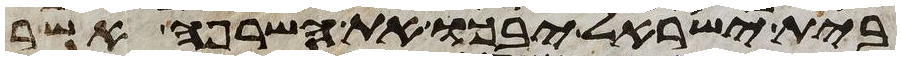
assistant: בית ישראל יבכו את השרפה אשר